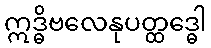
ဣဒ္ဓိဗလေနုပတ္ထဒ္ဓေါ